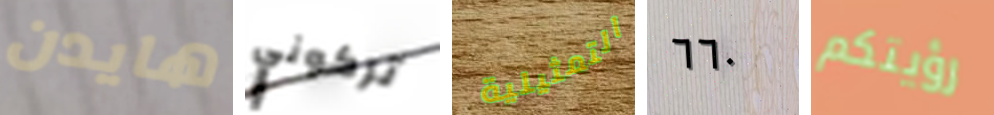
هايدن تركوني التمثيلية ٦٦٠ رؤيتكم